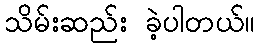
သိမ်းဆည်း ခဲ့ပါတယ်။